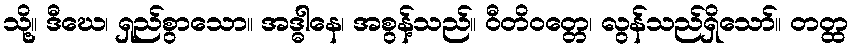
သို့။ ဒီဃေ၊ ရှည်စွာသော။ အဒ္ဓါနေ၊ အစွန့်သည်။ ဝီတိဝတ္တေ၊ လွန်သည်ရှိသော်။ တတ္ထ